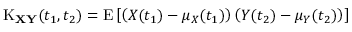
\operatorname { K } _ { \mathbf { X } \mathbf { Y } } ( t _ { 1 } , t _ { 2 } ) = \operatorname { E } \left[ \left( X ( t _ { 1 } ) - \mu _ { X } ( t _ { 1 } ) \right) \left( Y ( t _ { 2 } ) - \mu _ { Y } ( t _ { 2 } ) \right) \right]